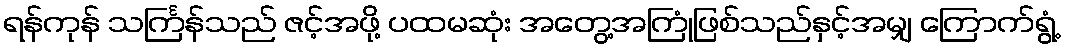
ရန်ကုန် သင်္ကြန်သည် ဇင့်အဖို့ ပထမဆုံး အတွေ့အကြုံဖြစ်သည်နှင့်အမျှ ကြောက်ရွံ့